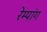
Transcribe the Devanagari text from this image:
रेम्पांग